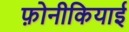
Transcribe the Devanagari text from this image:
फ़ोनीकियाई